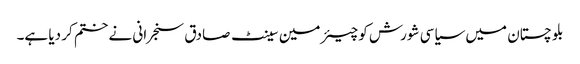
بلو چستان میں سیاسی شورش کو چیئرمین سینٹ صادق سنجرانی نے ختم کر دیا ہے۔